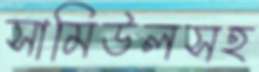
সামিউলসহ